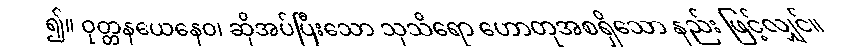
၍။ ဝုတ္တနယေနေဝ၊ ဆိုအပ်ပြီးသော သုသိရော ဟောတုအစရှိသော နည်း ဖြင့်လျှင်။